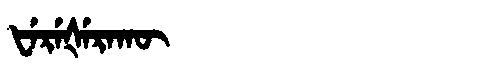
Manchu: ᡶᡝᡵᡝᡧᡝᡵᠠᡴᡡ
Romanization: FEREŠERAKŪ